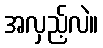
အလှည့်လဲ။